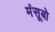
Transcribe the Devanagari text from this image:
मंसूबो